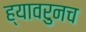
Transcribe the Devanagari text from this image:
ह्यावरुनच